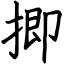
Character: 揤